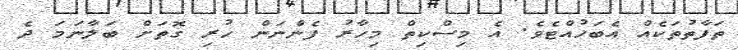
ތަފާތުތަކެއް އެބަހުއްޓެވެ. އެ މިސްކިތް މިހާރު ފެންނަން ހުރި ގޮތަށް ބަލާނަމަ ދެ